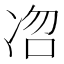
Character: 𭂐